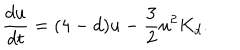
LaTeX: \frac { d u } { d t } = ( 4 - d ) u - \frac { 3 } { 2 } u ^ { 2 } K _ { d } .